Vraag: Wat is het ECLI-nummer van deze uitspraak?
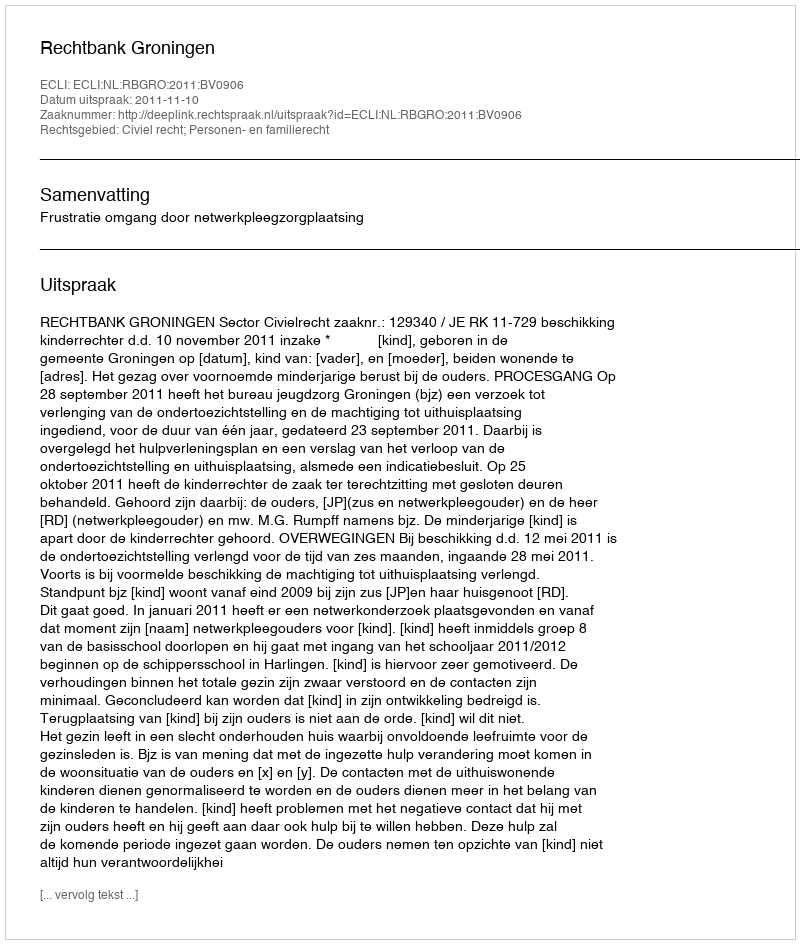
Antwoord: ECLI:NL:RBGRO:2011:BV0906